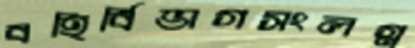
বহির্বিভাগসংলগ্ন